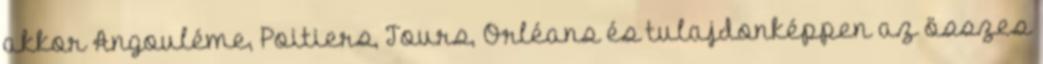
akkor Angouléme, Poitiers, Tours, Orléans és tulajdonképpen az összes